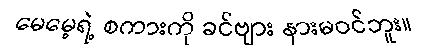
မေမေ့ရဲ့ စကားကို ခင်ဗျား နားမဝင်ဘူး။